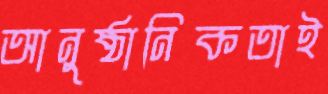
আনুষ্ঠানিকতাই